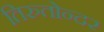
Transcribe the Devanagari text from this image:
तिरुतोन्दर